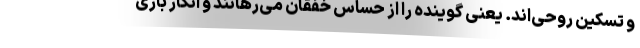
و تسکین روحی‌اند. یعنی گوینده را از حساس خفقان می‌رهانند و انگار باری